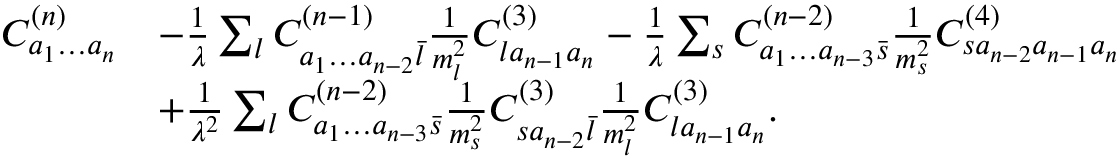
\begin{array} { r l } { C _ { a _ { 1 } \ldots a _ { n } } ^ { ( n ) } } & { - \frac { 1 } { \lambda } \sum _ { l } C _ { a _ { 1 } \ldots a _ { n - 2 } \bar { l } } ^ { ( n - 1 ) } \frac { 1 } { m _ { l } ^ { 2 } } C _ { l a _ { n - 1 } a _ { n } } ^ { ( 3 ) } - \frac { 1 } { \lambda } \sum _ { s } C _ { a _ { 1 } \ldots a _ { n - 3 } \bar { s } } ^ { ( n - 2 ) } \frac { 1 } { m _ { s } ^ { 2 } } C _ { s a _ { n - 2 } a _ { n - 1 } a _ { n } } ^ { ( 4 ) } } \\ & { + \frac { 1 } { \lambda ^ { 2 } } \sum _ { l } C _ { a _ { 1 } \ldots a _ { n - 3 } \bar { s } } ^ { ( n - 2 ) } \frac { 1 } { m _ { s } ^ { 2 } } C _ { s a _ { n - 2 } \bar { l } } ^ { ( 3 ) } \frac { 1 } { m _ { l } ^ { 2 } } C _ { l a _ { n - 1 } a _ { n } } ^ { ( 3 ) } . } \end{array}